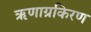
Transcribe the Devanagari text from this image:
ऋणाग्रकिरण